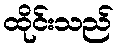
ထိုင်းသည်